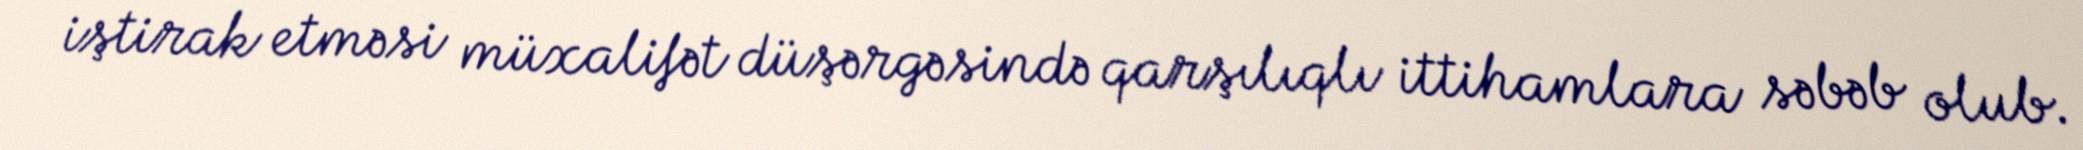
iştirak etməsi müxalifət düşərgəsində qarşılıqlı ittihamlara səbəb olub.